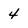
Character: 4